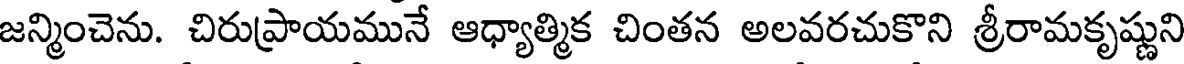
జన్మించెను. చిరుప్రాయమునే ఆధ్యాత్మిక చింతన అలవరచుకొని శ్రీరామకృష్ణుని